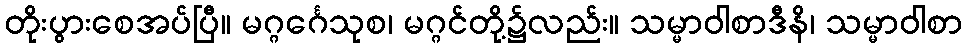
တိုးပွားစေအပ်ပြီ။ မဂ္ဂင်္ဂေသုစ၊ မဂ္ဂင်တို့၌လည်း။ သမ္မာဝါစာဒီနိ၊ သမ္မာဝါစာ